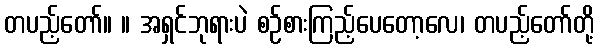
တပည့်တော်။ ။ အရှင်ဘုရားပဲ စဉ်စားကြည့်ပေတော့လေ၊ တပည့်တော်တို့